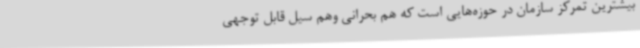
بیشترین تمرکز سازمان در حوزه‌هایی است که هم بحرانی وهم سیل قابل توجهی